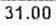
31.00